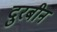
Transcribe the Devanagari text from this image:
दुरबीन